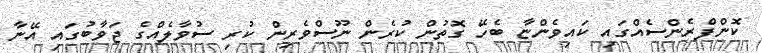
ކޮންފްރެންސެއްގައި ކައިވެންޏާ ބެހޭ ގޮތުން ކުރެން ނޫސްވެރިން ކުރި ސުވާލެއްގެ ޖަވާބުގައި އޭނާ